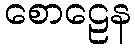
စောဠေန